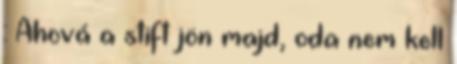
: Ahová a stift jön majd, oda nem kell